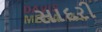
સાદરી